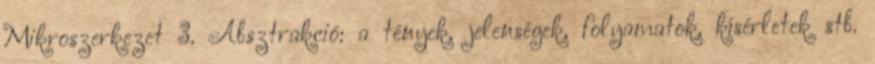
Mikroszerkezet 3. Absztrakció: a tények, jelenségek, folyamatok, kísérletek stb.